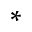
^ \ast